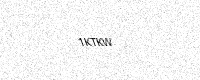
Text: 1KTKW